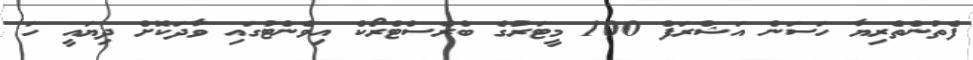
ފެތުންތެރިޔާ ހަސަން އަޝްރަފް 100 މީޓަރުގެ ބްރެސްޓްރޯކް އިވެންޓުގައި ވާދަކޮށް ދިޔައީ ހަ